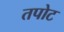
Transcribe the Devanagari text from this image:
तपोट